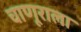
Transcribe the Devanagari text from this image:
चाणूराला